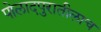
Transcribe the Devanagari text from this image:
पोलादपुरातीलाच